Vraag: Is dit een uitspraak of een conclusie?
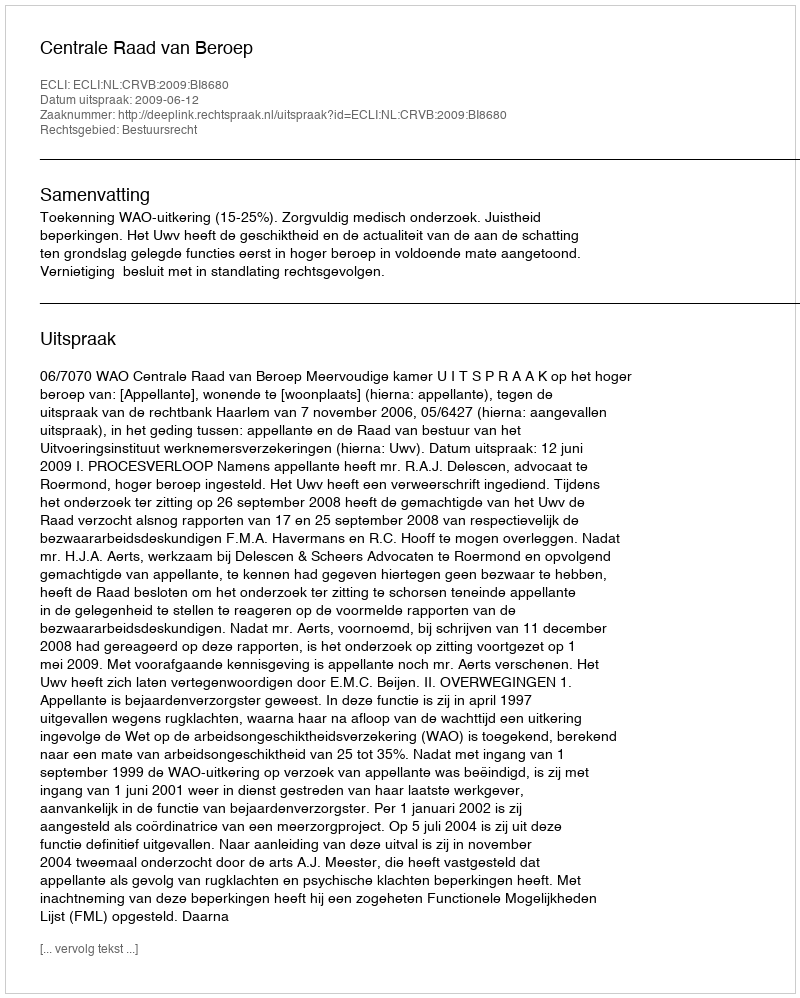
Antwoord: Uitspraak